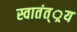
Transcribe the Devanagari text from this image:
स्वातंत््रय